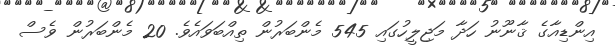
އިންޑިއާގެ ޤާނޫނު ހަދާ މަޖިލީހުގައި 545 މެންބަރުން ތިއްބަވައެވެ. 20 މެންބަރުން ވެސް